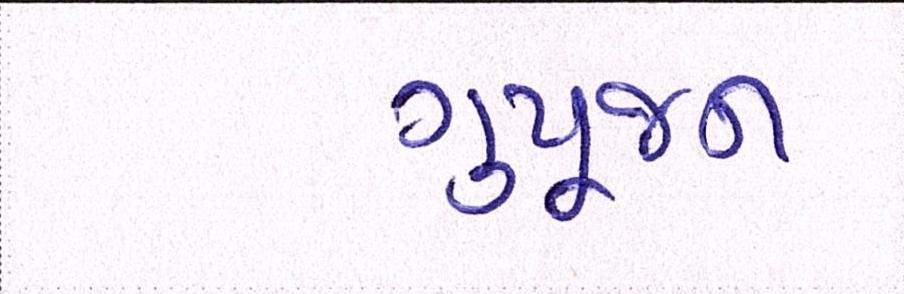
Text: ગુપૂજન